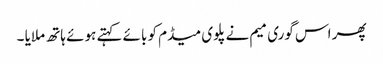
پھر اس گوری میم نے پلوی میڈم کو بائے کہتے ہوئے ہاتھ ملایا ۔